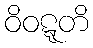
ဝိဝဋ္ဋတိ